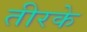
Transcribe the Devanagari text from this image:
तीरके